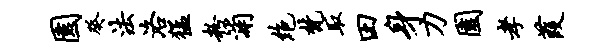
园癸法洛猛粉浦绝梵取田身刀园孝葭